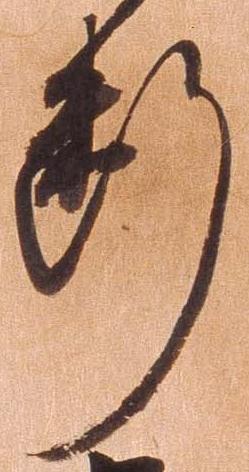
断